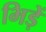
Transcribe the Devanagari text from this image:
भिड़ें